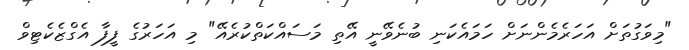
"މިވަގުތަށް އަހަރެމެންނަށް ހަމައެކަނި ބުނެވޭނީ އޭތި މަސައްކަތްކުރެއޭ" މި އަހަރުގެ ފީފާ އެގްޒެކެޓިވް